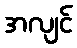
အလျင်